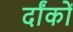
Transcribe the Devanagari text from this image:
र्दांकों